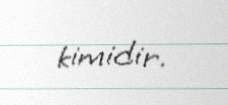
kimidir.